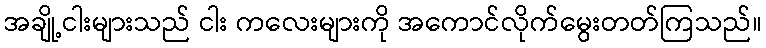
အချို့ငါးများသည် ငါး ကလေးများကို အကောင်လိုက်မွေးတတ်ကြသည်။